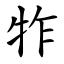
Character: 㸲